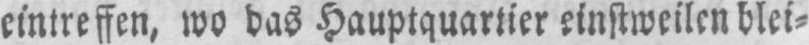
eintreffen, wo das Hauptquartier einstweilen blei⸗